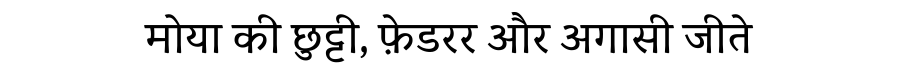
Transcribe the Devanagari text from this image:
मोया की छुट्टी, फ़ेडरर और अगासी जीते